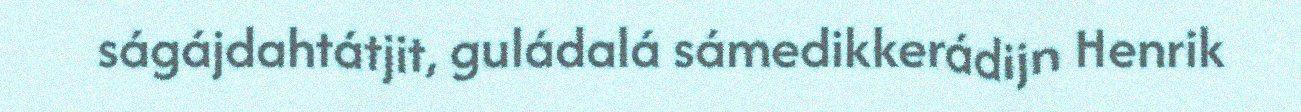
ságájdahtátjit, guládalá sámedikkerádijn Henrik